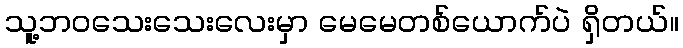
သူ့ဘဝသေးသေးလေးမှာ မေမေတစ်ယောက်ပဲ ရှိတယ်။